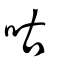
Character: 咕